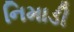
નિમાડી